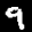
Label: 9